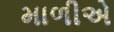
માળીએ